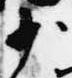
少